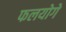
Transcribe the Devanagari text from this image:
फलयोगे